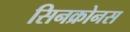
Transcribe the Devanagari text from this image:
सिनक्रोनस